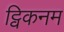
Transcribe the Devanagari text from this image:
ट्विकनम